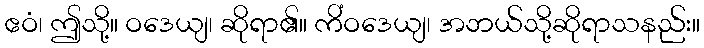
ဧဝံ၊ ဤသို့။ ဝဒေယျ၊ ဆိုရာ၏။ ကိံဝဒေယျ၊ အဘယ်သို့ဆိုရာသနည်း။